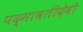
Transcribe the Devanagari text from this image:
पद्मावतीदेवी